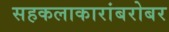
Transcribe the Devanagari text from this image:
सहकलाकारांबरोबर